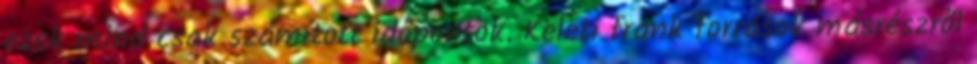
ezek mind csak számított időpontok. Keleti frank források másrészről